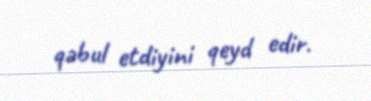
qəbul etdiyini qeyd edir.